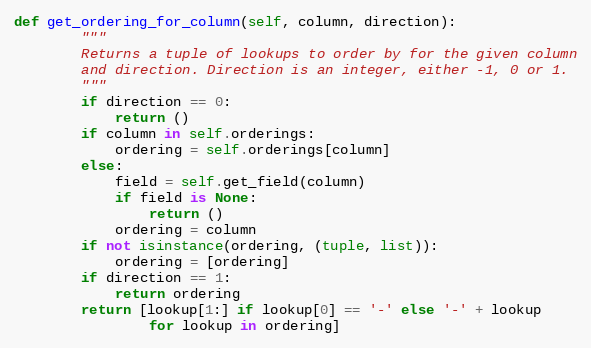
Language: Python
def get_ordering_for_column(self, column, direction):
        """
        Returns a tuple of lookups to order by for the given column
        and direction. Direction is an integer, either -1, 0 or 1.
        """
        if direction == 0:
            return ()
        if column in self.orderings:
            ordering = self.orderings[column]
        else:
            field = self.get_field(column)
            if field is None:
                return ()
            ordering = column
        if not isinstance(ordering, (tuple, list)):
            ordering = [ordering]
        if direction == 1:
            return ordering
        return [lookup[1:] if lookup[0] == '-' else '-' + lookup
                for lookup in ordering]